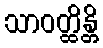
သာဝတ္ထိန္တိ